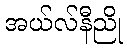
အယ်လ်နီညို